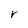
Character: r